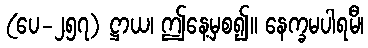
(ပေ-၂၅၇) ဋ္ဌာယ၊ ဤနေ့မှစ၍။ နေက္ခမပါရမီ၊